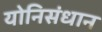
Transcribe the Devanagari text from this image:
योनिसंधान